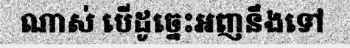
ណាស់ បើដូច្នេះអញនឹងទៅ